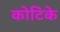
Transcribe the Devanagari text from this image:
कोटिके